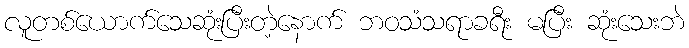
လူတစ်ယောက်သေဆုံးပြီးတဲ့နောက် ဘဝသံသရာခရီး မပြီး ဆုံးသေးဘဲ